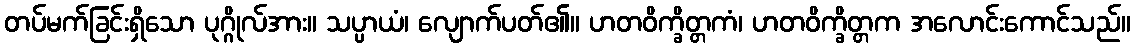
တပ်မက်ခြင်းရှိသော ပုဂ္ဂိုလ်အား။ သပ္ပာယံ၊ လျောက်ပတ်၏။ ဟတဝိက္ခိတ္တကံ၊ ဟတဝိက္ခိတ္တက အလောင်းကောင်သည်။